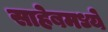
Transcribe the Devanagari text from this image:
साहेबमध्ये